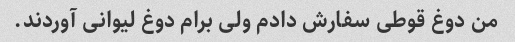
من دوغ قوطی سفارش دادم ولی برام دوغ لیوانی آوردند.